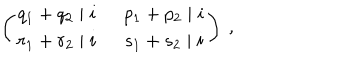
LaTeX: \left( \begin{array} { c c } { { q _ { 1 } + q _ { 2 } \mid i } } & { { ~ ~ p _ { 1 } + p _ { 2 } \mid i } } \\ { { r _ { 1 } + r _ { 2 } \mid i } } & { { ~ ~ s _ { 1 } + s _ { 2 } \mid i } } \\ \end{array} \right) ~ ,